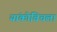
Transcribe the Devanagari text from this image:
यांकोविचला